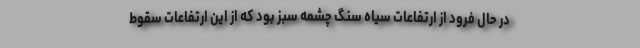
در حال فرود از ارتفاعات سیاه سنگ چشمه سبز بود که از این ارتفاعات سقوط